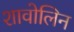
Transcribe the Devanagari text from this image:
शावोलिन